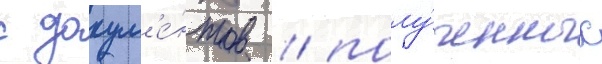
с докум'е́нтов / полу́ченных